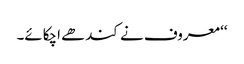
‘‘ معروف نے کندھے اچکائے۔